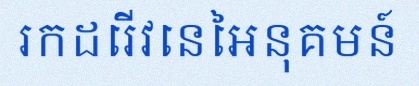
រកដេរីវេនៃអនុគមន៍